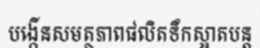
បង្កើនសមត្ថភាពផលិតទឹកស្អាតបន្ត